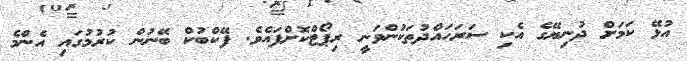
އުޅޭ ކަމަށް ދުނިޔޭގެ އެކި ސަރަހައްދުތަކުންވަނީ ރިޕޯޓްކޮށްފައެވެ. ފޭކްބުކް ބޭނުން ކުރުމުގައި އެންމެ